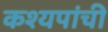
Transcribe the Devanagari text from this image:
कश्यपांची